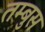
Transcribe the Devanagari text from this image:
तम्बुस